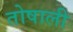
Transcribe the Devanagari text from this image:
तोषाली